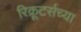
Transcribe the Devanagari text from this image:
रिक्रूटर्सच्या